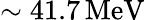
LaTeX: \mathrm{\sim 41.7\, MeV}